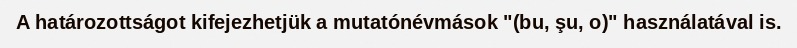
A határozottságot kifejezhetjük a mutatónévmások "(bu, şu, o)" használatával is.